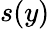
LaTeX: s(y)